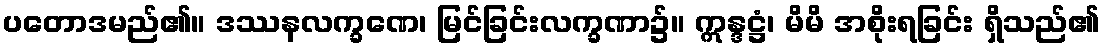
ပတောဒမည်၏။ ဒဿနလက္ခဏေ၊ မြင်ခြင်းလက္ခဏာ၌။ ဣန္ဒဋ္ဌံ၊ မိမိ အစိုးရခြင်း ရှိသည်၏